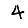
Digit: 4